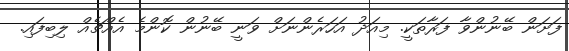
ފަށަން ބޭނުންވާ ފަރާތަކީ. މިއަދު އަހަރެންނަށް ވަނީ ބޭނުން ކޮންމެ އެއްޗެއް ލިބިފައި.